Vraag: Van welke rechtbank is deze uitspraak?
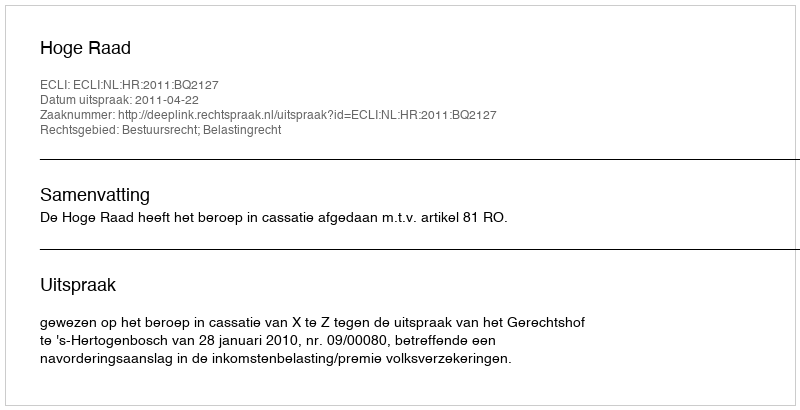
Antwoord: Hoge Raad